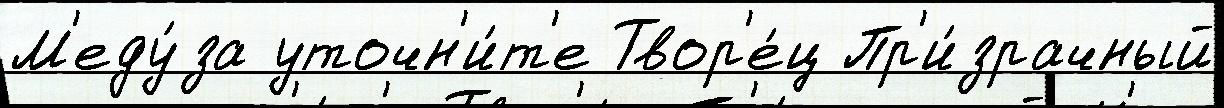
М'еду́за уточн'и́т'е Твор'е́ц Пр'и́зрачный